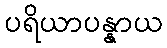
ပရိယာပန္နာယ